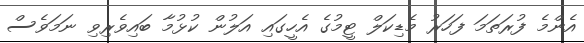
އެންމެ ފުރަތަމަ ފަހަރު މެޑިކަލް ޓީމުގެ އެހީގައި އަލުން ކުޅުމާ ބައިވެރިވި ނަމަވެސް